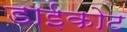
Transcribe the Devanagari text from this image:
डाईकोट